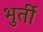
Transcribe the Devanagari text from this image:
भुर्ती